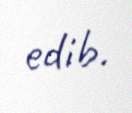
edib.